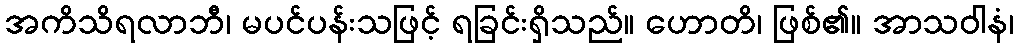
အကိသိရလာဘီ၊ မပင်ပန်းသဖြင့် ရခြင်းရှိသည်။ ဟောတိ၊ ဖြစ်၏။ အာသဝါနံ၊